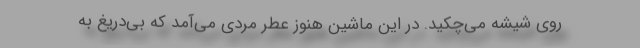
روی شیشه می‌چکید. در این ماشین هنوز عطر مردی می‌آمد که بی‌دریغ به